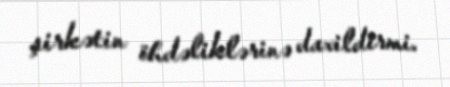
şirkətin öhdəliklərinə daxildirmi.